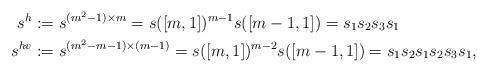
LaTeX: \begin{align*} s^h&:=s^{(m^2-1) \times m} = s([m,1])^{m-1}s([m-1,1])=s_1s_2s_3s_1 \\ s^{hv}&:=s^{(m^2-m-1) \times (m-1)} = s([m,1])^{m-2}s([m-1,1]) =s_1s_2s_1s_2s_3s_1,\end{align*}